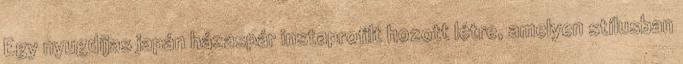
Egy nyugdíjas japán házaspár instaprofilt hozott létre, amelyen stílusban